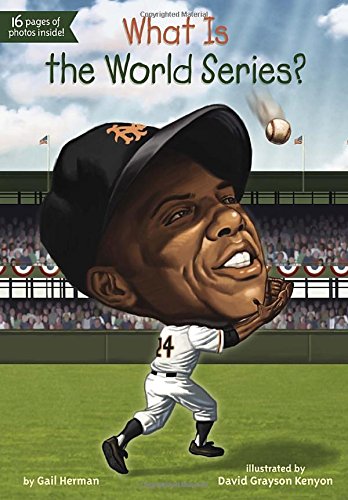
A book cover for What Is the World Series? (What Was...?); Gail Herman; Children's Books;